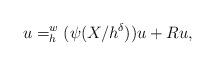
LaTeX: \begin{align*}u=_h^w(\psi(X/h^\delta))u +R u,\end{align*}